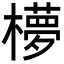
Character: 𬄺